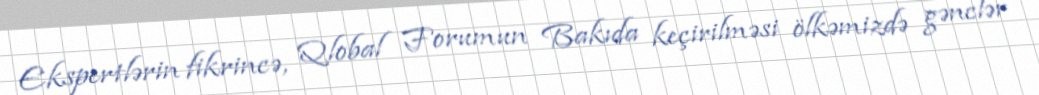
Ekspertlərin fikrincə, Qlobal Forumun Bakıda keçirilməsi ölkəmizdə gənclər